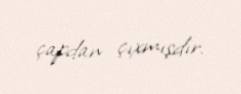
çapdan çıxmışdır.